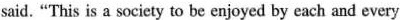
said. “This is a sociery o be enjoyed by each and every